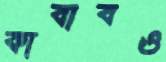
কাবাবও